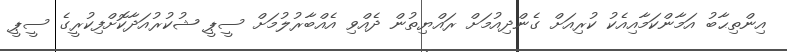
އިންތިޙާބު އަމާންކަމާއިއެކު ކުރިއަށް ގެންދިއުމަށް ރައްޔިތުން ދެއްވި އެއްބާރުލުމަށް ސީޕީ ޝުކުރުއަދާކޮށްފިކުރީގެ ސީޕީ